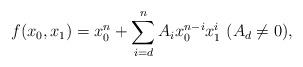
LaTeX: \begin{align*}f (x_0, x_1) = x_0^n +\sum_{i=d}^nA_ix_0^{n-i}x_1^i\ (A_d \neq 0),\end{align*}